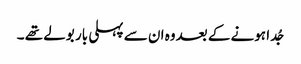
جُدا ہونے کے بعدوہ ان سے پہلی بار بولے تھے ۔